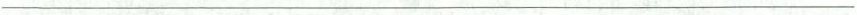
___